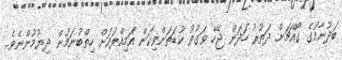
ބަދުނާމުގެ ގޯއްޗަށް ދަތުރު ހަދަން ޖެހޭ ވަގުތު ކުޑަތަންވިކަން އަމިއްލައަށް ހިތްބުނަމުން ދިޔުމުންނެވެ.